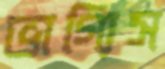
ভাগ্যিস